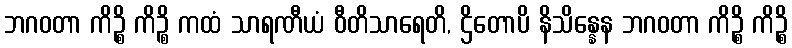
ဘဂဝတာ ကိဉ္စိ ကိဉ္စိ ကထံ သာရဏီယံ ဝီတိသာရေတိ, ဌိတောပိ နိသိန္နေန ဘဂဝတာ ကိဉ္စိ ကိဉ္စိ